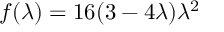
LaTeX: f ( \lambda ) = 1 6 ( 3 - 4 \lambda ) \lambda ^ { 2 }